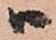
ハ